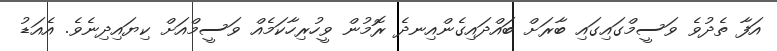
އަފާ ތެދުވެ ވަސީމްގައިގައި ބާރަށް ބައްދައިގެންއިނދެ ރޮމުން ވީހުރިހާކަމެއް ވަސީމްއަށް ކިޔައިދިނެވެ. އެއަޑު